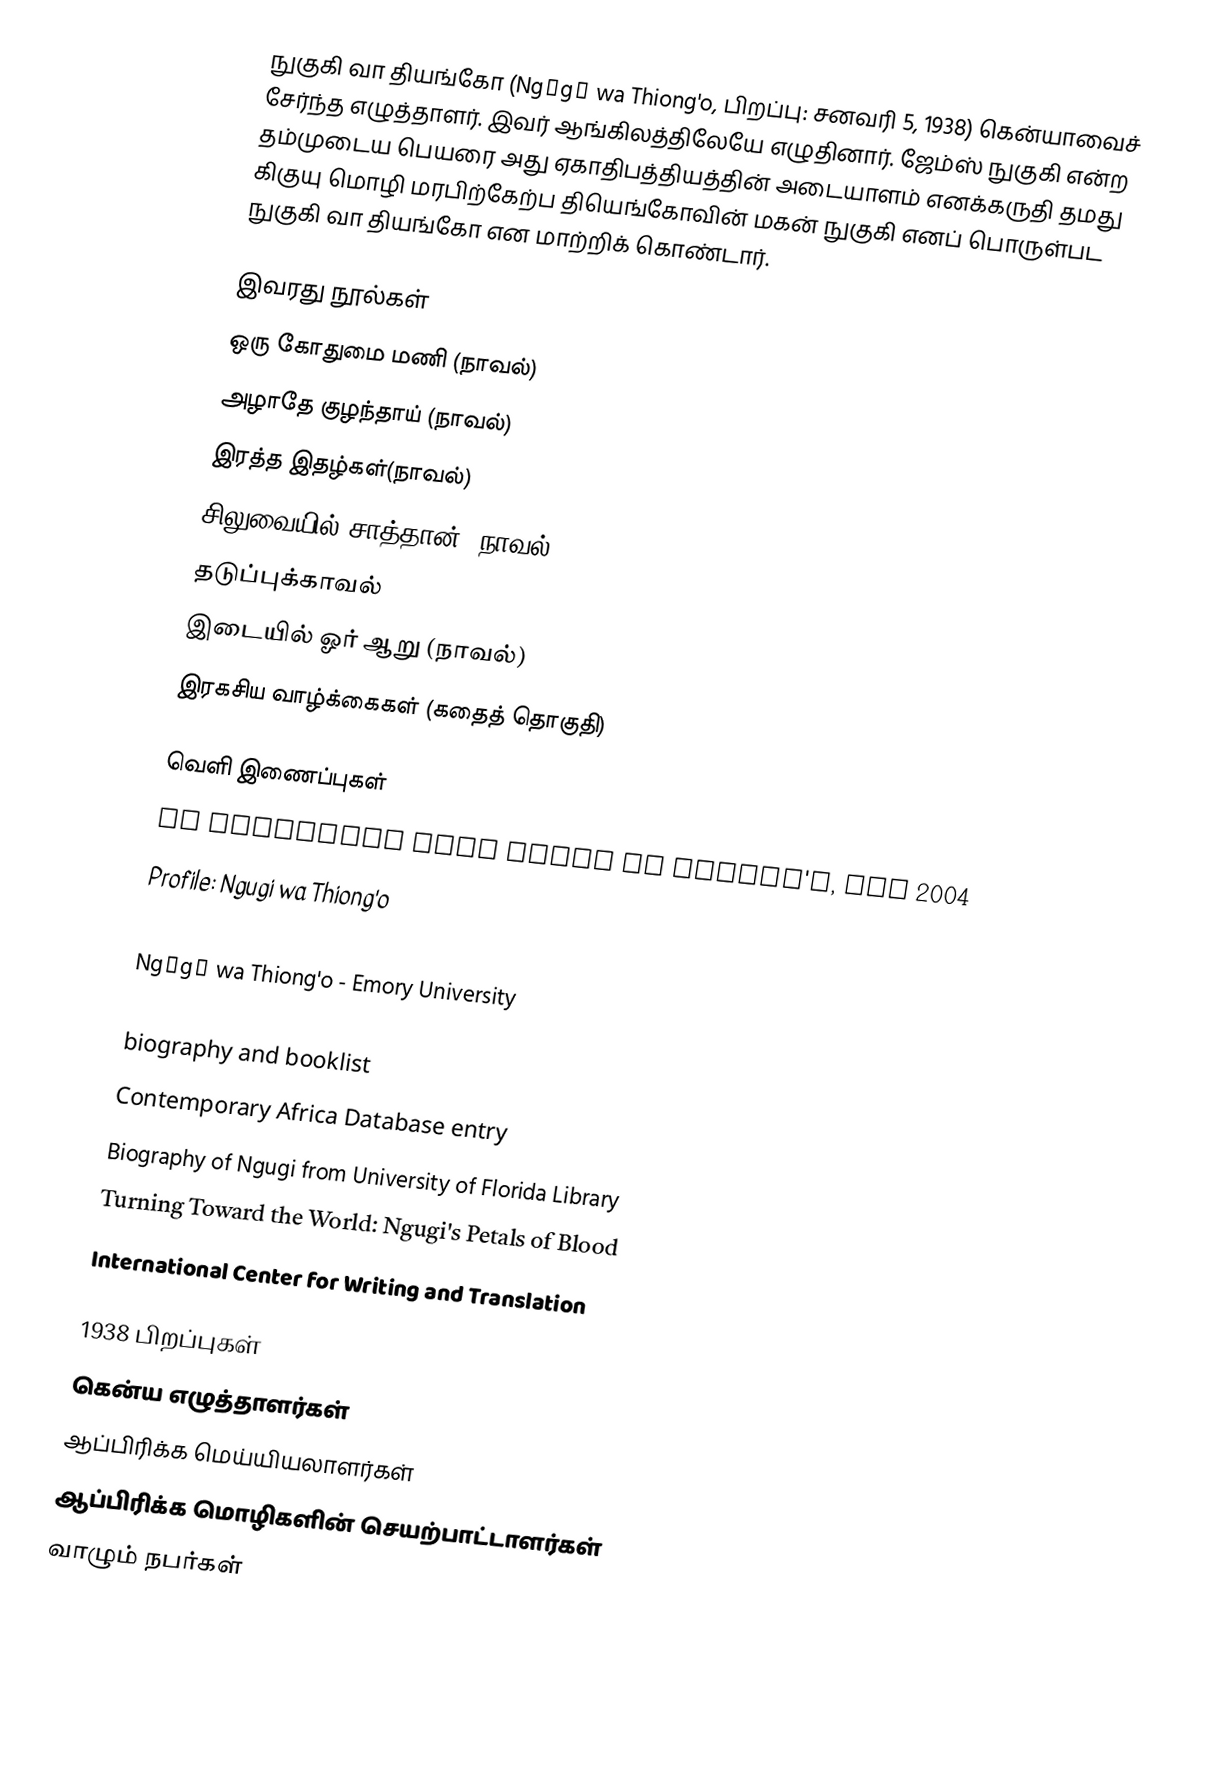
நுகுகி வா தியங்கோ (Ngũgĩ wa Thiong'o, பிறப்பு: சனவரி 5, 1938) கென்யாவைச் சேர்ந்த எழுத்தாளர். இவர் ஆங்கிலத்திலேயே எழுதினார். ஜேம்ஸ் நுகுகி என்ற தம்முடைய பெயரை அது ஏகாதிபத்தியத்தின் அடையாளம் எனக்கருதி தமது கிகுயு மொழி மரபிற்கேற்ப தியெங்கோவின் மகன் நுகுகி எனப் பொருள்பட நுகுகி வா தியங்கோ என மாற்றிக் கொண்டார்.

இவரது நூல்கள்
 ஒரு கோதுமை மணி (நாவல்)
 அழாதே குழந்தாய் (நாவல்)
 இரத்த இதழ்கள்(நாவல்)
 சிலுவையில் சாத்தான் (நாவல்)
 தடுப்புக்காவல்
 இடையில் ஓர் ஆறு (நாவல்)
 இரகசிய வாழ்க்கைகள் (கதைத் தொகுதி)

வெளி இணைப்புகள்
 An Interview With Ngugi wa Thiong'o, May 2004
 Profile: Ngugi wa Thiong'o
 Ngũgĩ wa Thiong'o - Books and Writers
 Ngũgĩ wa Thiong'o - Emory University
 Ngũgĩ wa Thiong'o - Overview
 biography and booklist
 Contemporary Africa Database entry
 Biography of Ngugi from University of Florida Library
 Turning Toward the World: Ngugi's Petals of Blood
 International Center for Writing and Translation

1938 பிறப்புகள்
கென்ய எழுத்தாளர்கள்
ஆப்பிரிக்க மெய்யியலாளர்கள்
ஆப்பிரிக்க மொழிகளின் செயற்பாட்டாளர்கள்
வாழும் நபர்கள்